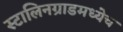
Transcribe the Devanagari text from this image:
स्टालिनग्राडमध्येच